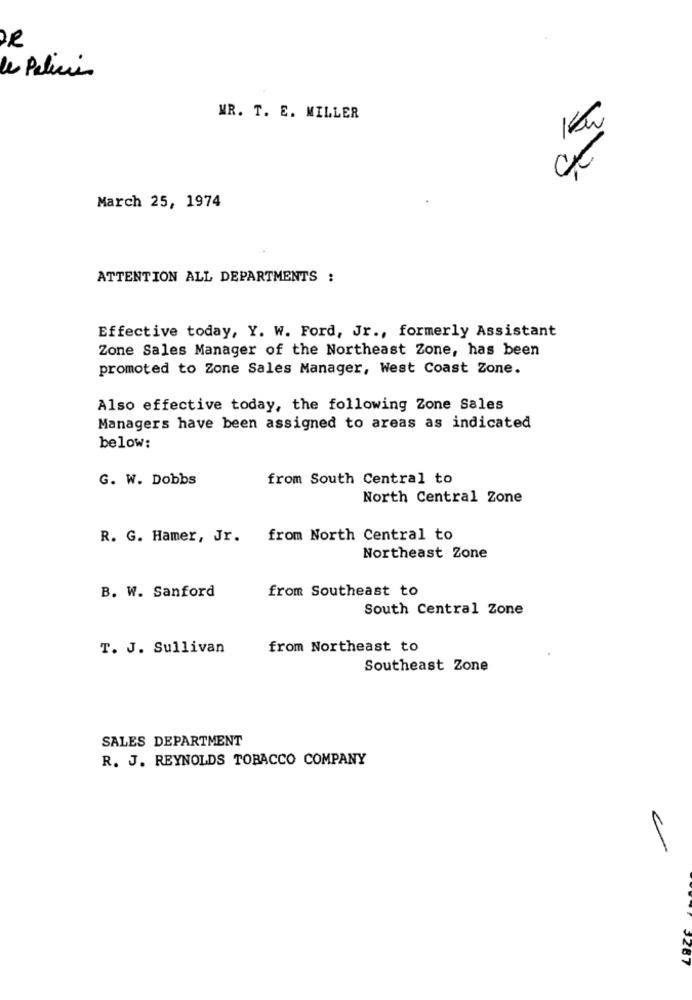
le Policie
MR. T. E. MILLER
March 25, 1974
ATTENTION ALL DEPARTMENTS :
Effective today, Y. W. Ford, Jr ., formerly Assistant
Zone Sales Manager of the Northeast Zone, has been
promoted to Zone Sales Manager, West Coast Zone.
Also effective today, the following Zone Sales
Managers have been assigned to areas as indicated
below:
G. W. Dobbs
from South Central to
North Central Zone
R. G. Hamer, Jr.
from North Central to
Northeast Zone
from Southeast to
B. W. Sanford
South Central Zone
T. J. Sullivan
from Northeast to
Southeast Zone
SALES DEPARTMENT
R. J. REYNOLDS TOBACCO COMPANY
J287